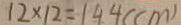
1 2 \times 1 2 = 1 4 4 ( c m )